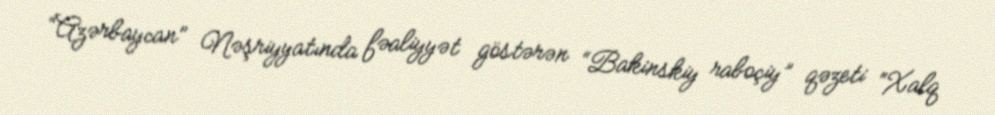
“Azərbaycan” Nəşriyyatında fəaliyyət göstərən “Bakinskiy raboçiy” qəzeti “Xalq